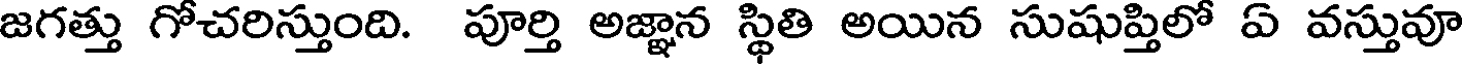
జగత్తు గోచరిస్తుంది. పూర్తి అజ్ఞాన స్థితి అయిన సుషుప్తిలో ఏ వస్తువూ